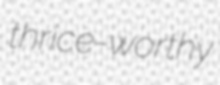
thrice-worthy